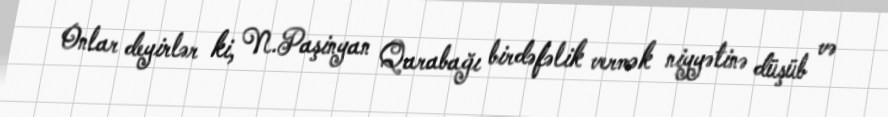
Onlar deyirlər ki, N.Paşinyan Qarabağı birdəfəlik vermək niyyətinə düşüb və